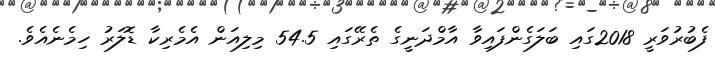
ފެބުރުވަރީ 2018ގައި ބަލަގެންފައިވާ އާމްދަނީގެ ތެރޭގައި 54.5 މިލިއަން އެމެރިކާ ޑޮލަރު ހިމެނެއެވެ.